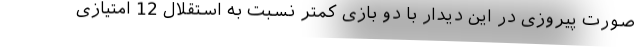
صورت پیروزی در این دیدار با دو بازی کمتر نسبت به استقلال 12 امتیازی